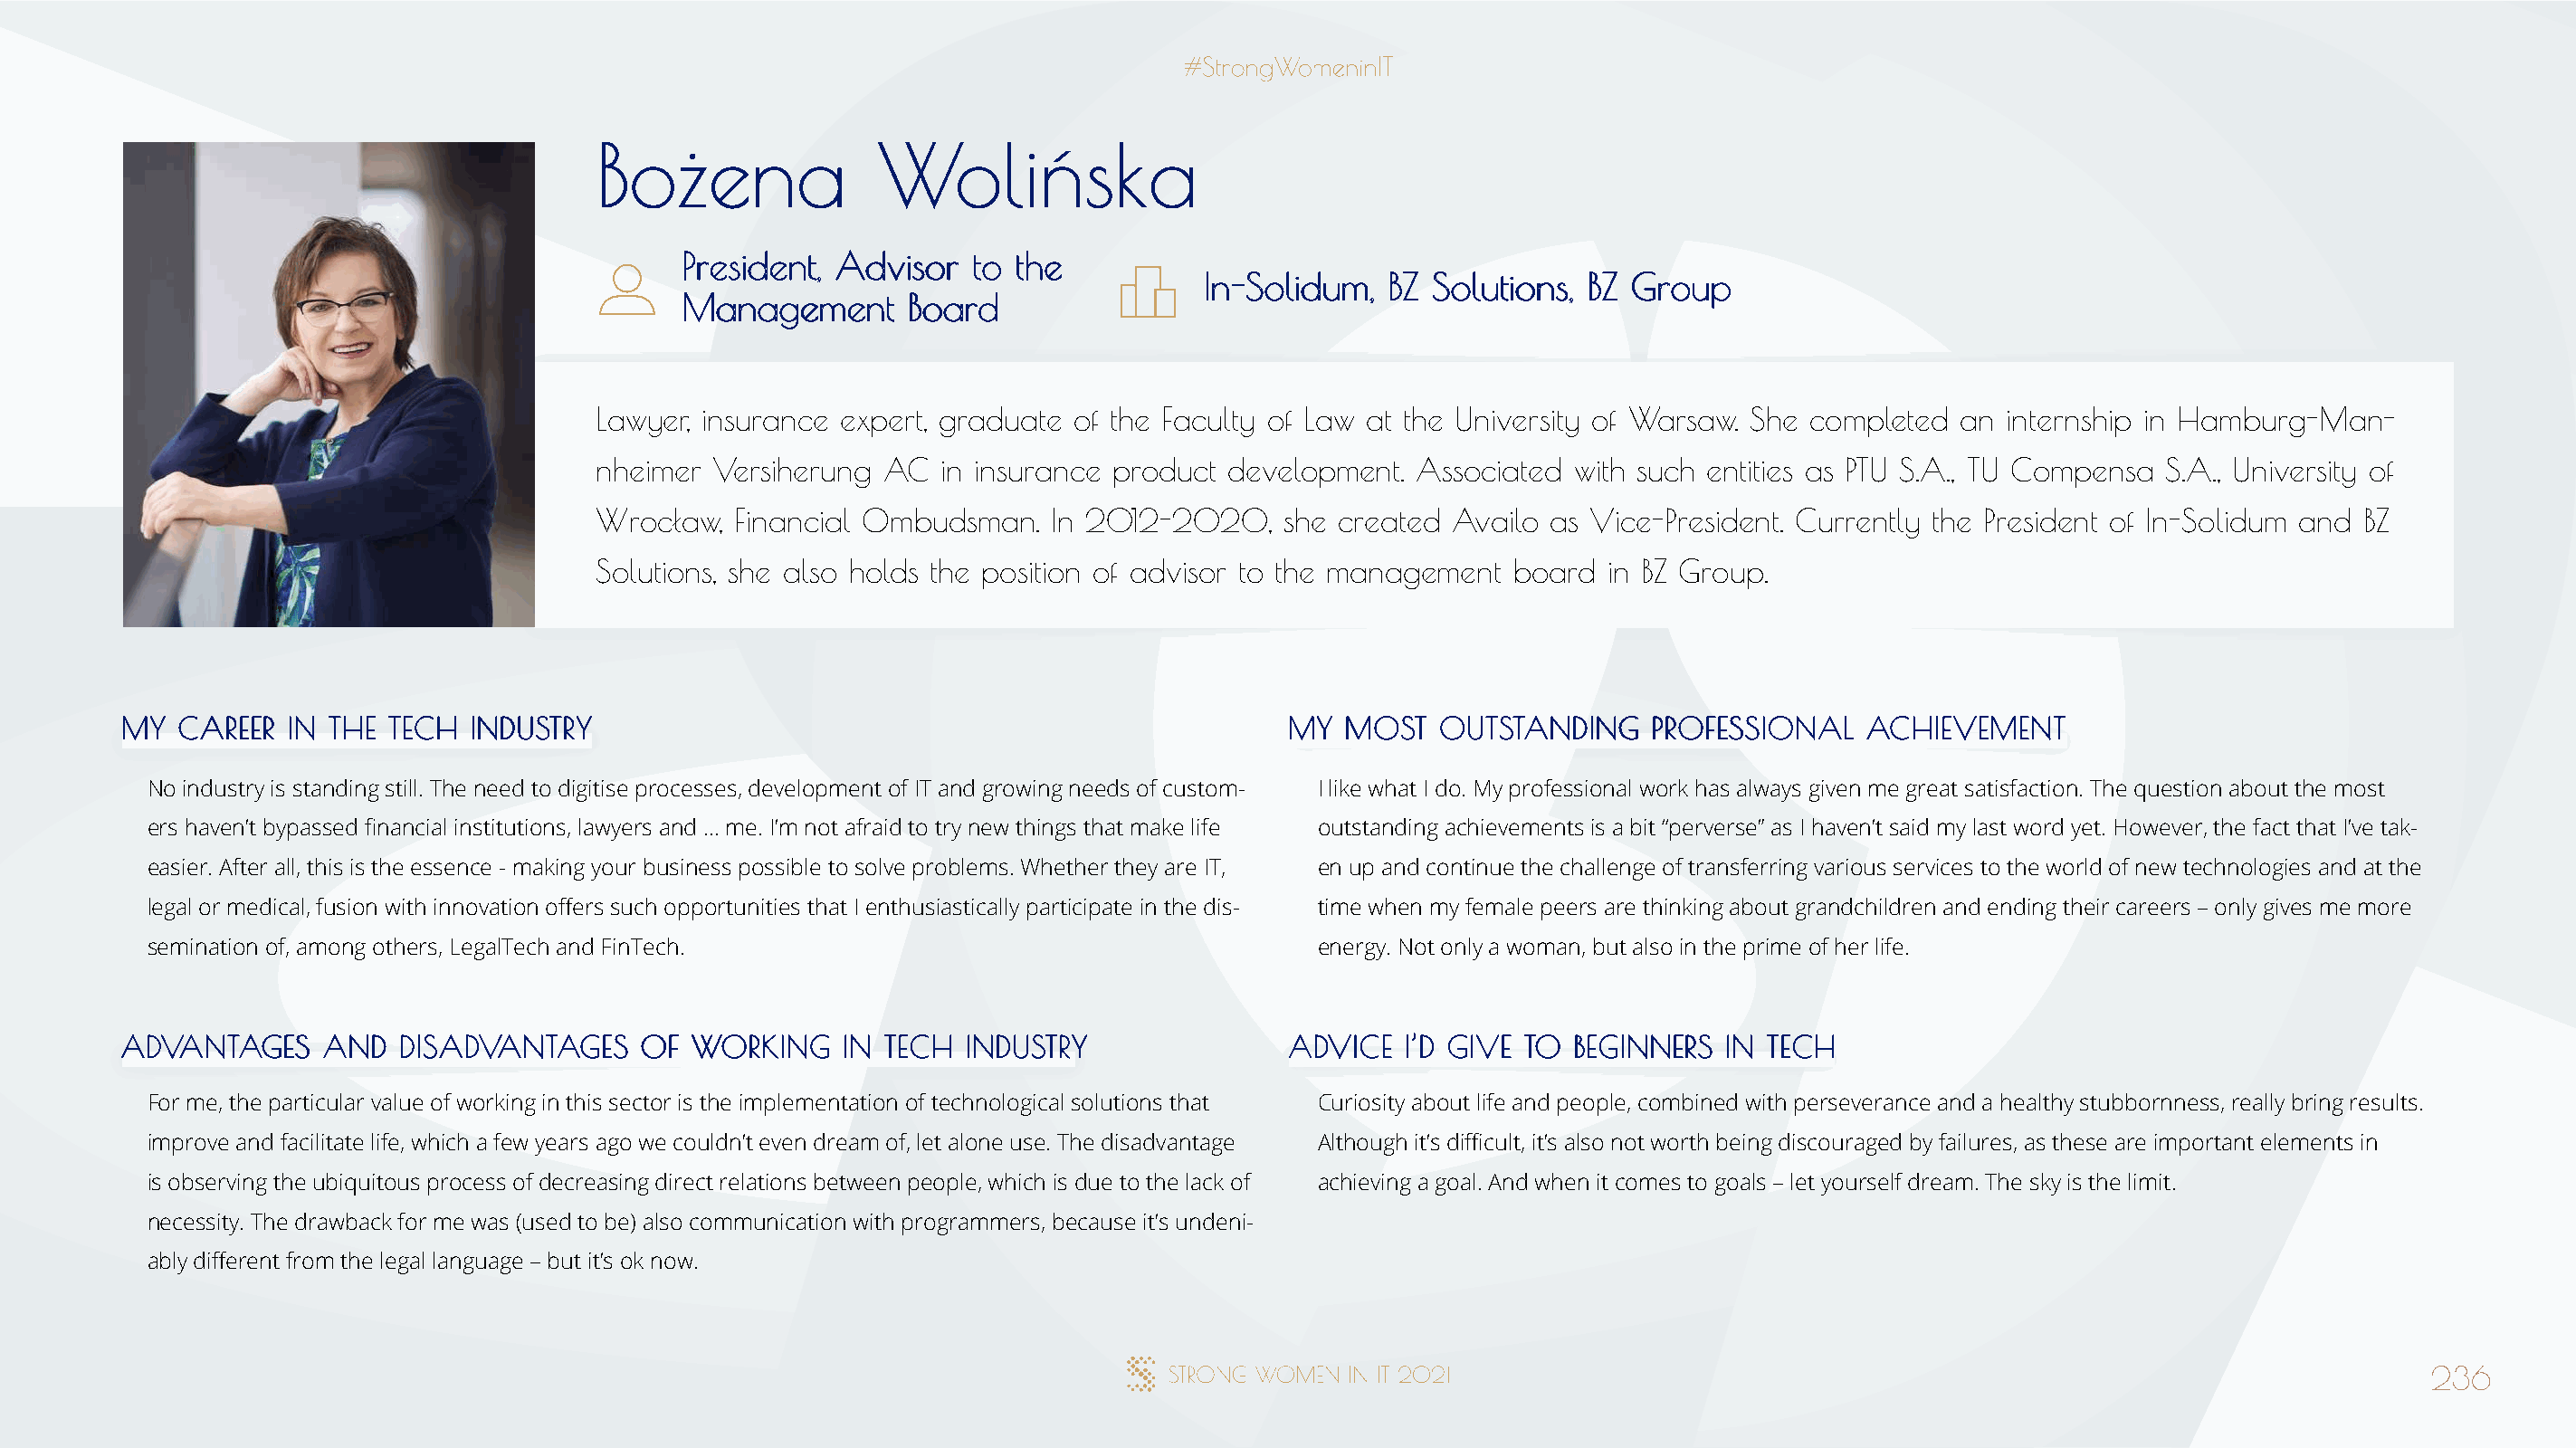
BBoożżeennaa        WWoolliińńsskkaa
 PPrreessiiddeenntt,, AAddvviissoorr ttoo tthhee
 IInn--SSoolliidduumm,, BBZZ SSoolluuttiioonnss,, BBZZ GGrroouupp
 MMaannaaggeemmeenntt BBooaarrdd
 Lawyer, insurance expert, graduate of the Faculty of Law at the University of Warsaw. She completed an internship in Hamburg-Man-
 nheimer Versiherung  AC  in insurance product development.  Associated with such entities as PTU S.A., TU Compensa S.A., University of
 Wrocław,  Financial Ombudsman.   In 2012-2020,    she created Availo as Vice-President. Currently the President of In-Solidum and BZ
 Solutions, she also holds the position of advisor to the management board in BZ Group.
 MMYY CCAARREEEERR IINN TTHHEE TTEECCHH IINNDDUUSSTTRRYY                              MMYY MMOOSSTT OOUUTTSSTTAANNDDIINNGG PPRROOFFEESSSSIIOONNAALL AACCHHIIEEVVEEMMEENNTT
 No industry is standing still. The need to digitise processes, development of IT and growing needs of custom- I like what I do. My professional work has always given me great satisfaction. The question about the most
 ers haven’t bypassed financial institutions, lawyers and … me. I’m not afraid to try new things that make life outstanding achievements is a bit “perverse” as I haven’t said my last word yet. However, the fact that I’ve tak-
 easier. After all, this is the essence - making your business possible to solve problems. Whether they are IT, en up and continue the challenge of transferring various services to the world of new technologies and at the
 legal or medical, fusion with innovation offers such opportunities that I enthusiastically participate in the dis- time when my female peers are thinking about grandchildren and ending their careers – only gives me more
 semination of, among others, LegalTech and FinTech.                                  energy. Not only a woman, but also in the prime of her life.
 AADDVVAANNTTAAGGEESS AANNDD DDIISSAADDVVAANNTTAAGGEESS OOFF WWOORRKKIINNGG IINN TTEECCHH IINNDDUUSSTTRRYY AADDVVIICCEE II’’DD GGIIVVEE TTOO BBEEGGIINNNNEERRSS IINN TTEECCHH
 For me, the particular value of working in this sector is the implementation of technological solutions that Curiosity about life and people, combined with perseverance and a healthy stubbornness, really bring results.
 improve and facilitate life, which a few years ago we couldn’t even dream of, let alone use. The disadvantage Although it’s difficult, it’s also not worth being discouraged by failures, as these are important elements in
 is observing the ubiquitous process of decreasing direct relations between people, which is due to the lack of achieving a goal. And when it comes to goals – let yourself dream. The sky is the limit.
 necessity. The drawback for me was (used to be) also communication with programmers, because it’s undeni-
 ably different from the legal language – but it’s ok now.
 236